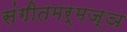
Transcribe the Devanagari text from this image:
संगीतमर्मज्ञ